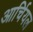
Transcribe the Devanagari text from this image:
आर्चियल